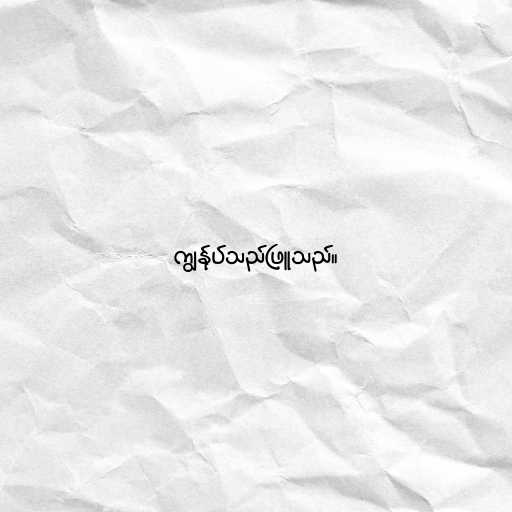
ကျွန်ုပ်သည်ဖြူသည်။